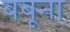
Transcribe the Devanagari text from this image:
बबूना